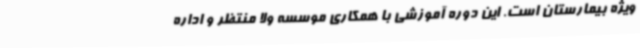
ویژه بیمارستان است. این دوره آموزشی با همکاری موسسه ولا منتظر و اداره